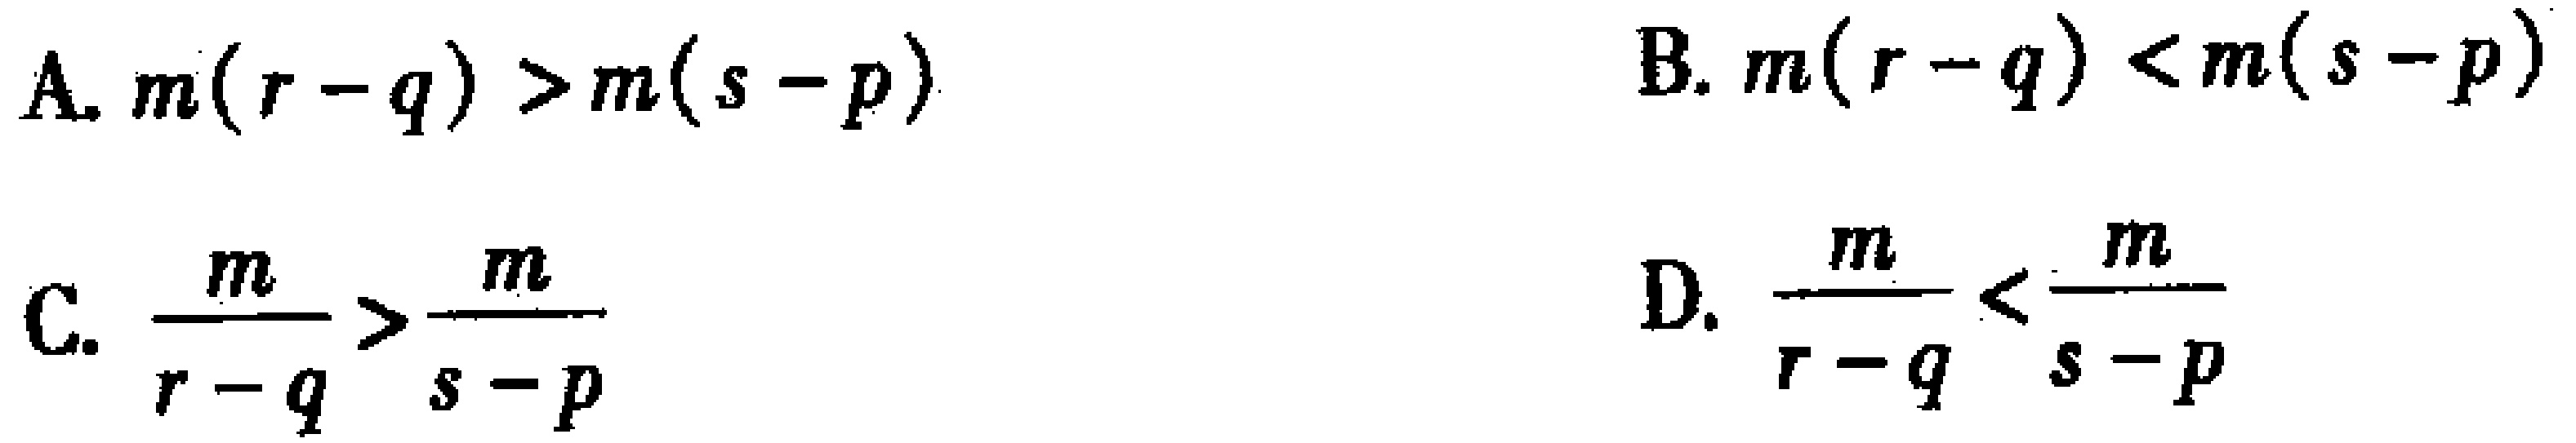
A. \(m(r - q)>m(s - p)\)

B. \(m(r - q)<m(s - p)\)

C. \(\frac{m}{r - q}>\frac{m}{s - p}\)

D. \(\frac{m}{r - q}<\frac{m}{s - p}\)